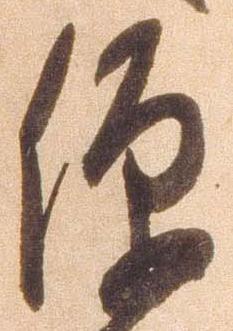
便